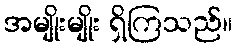
အမျိုးမျိုး ရှိကြသည်။